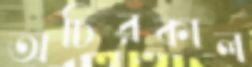
অচিরকাল